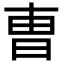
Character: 曺